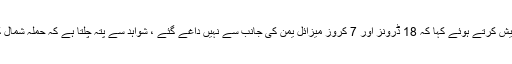
میڈیا سے گفتگو کرتے ہوئے انہوں نے ڈرونز حملے کے شواہد پیش کرتے ہوئے کہا کہ 18 ڈرونز اور 7 کروز میزائل یمن کی جانب سے نہیں داغے گئے ، شواہد سے پتہ چلتا ہے کہ حملہ شمال کی جانب سے کیا گیا ہے ، بلاشبہ اس کی مدد ایران نے کی ہے ۔